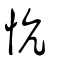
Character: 忼